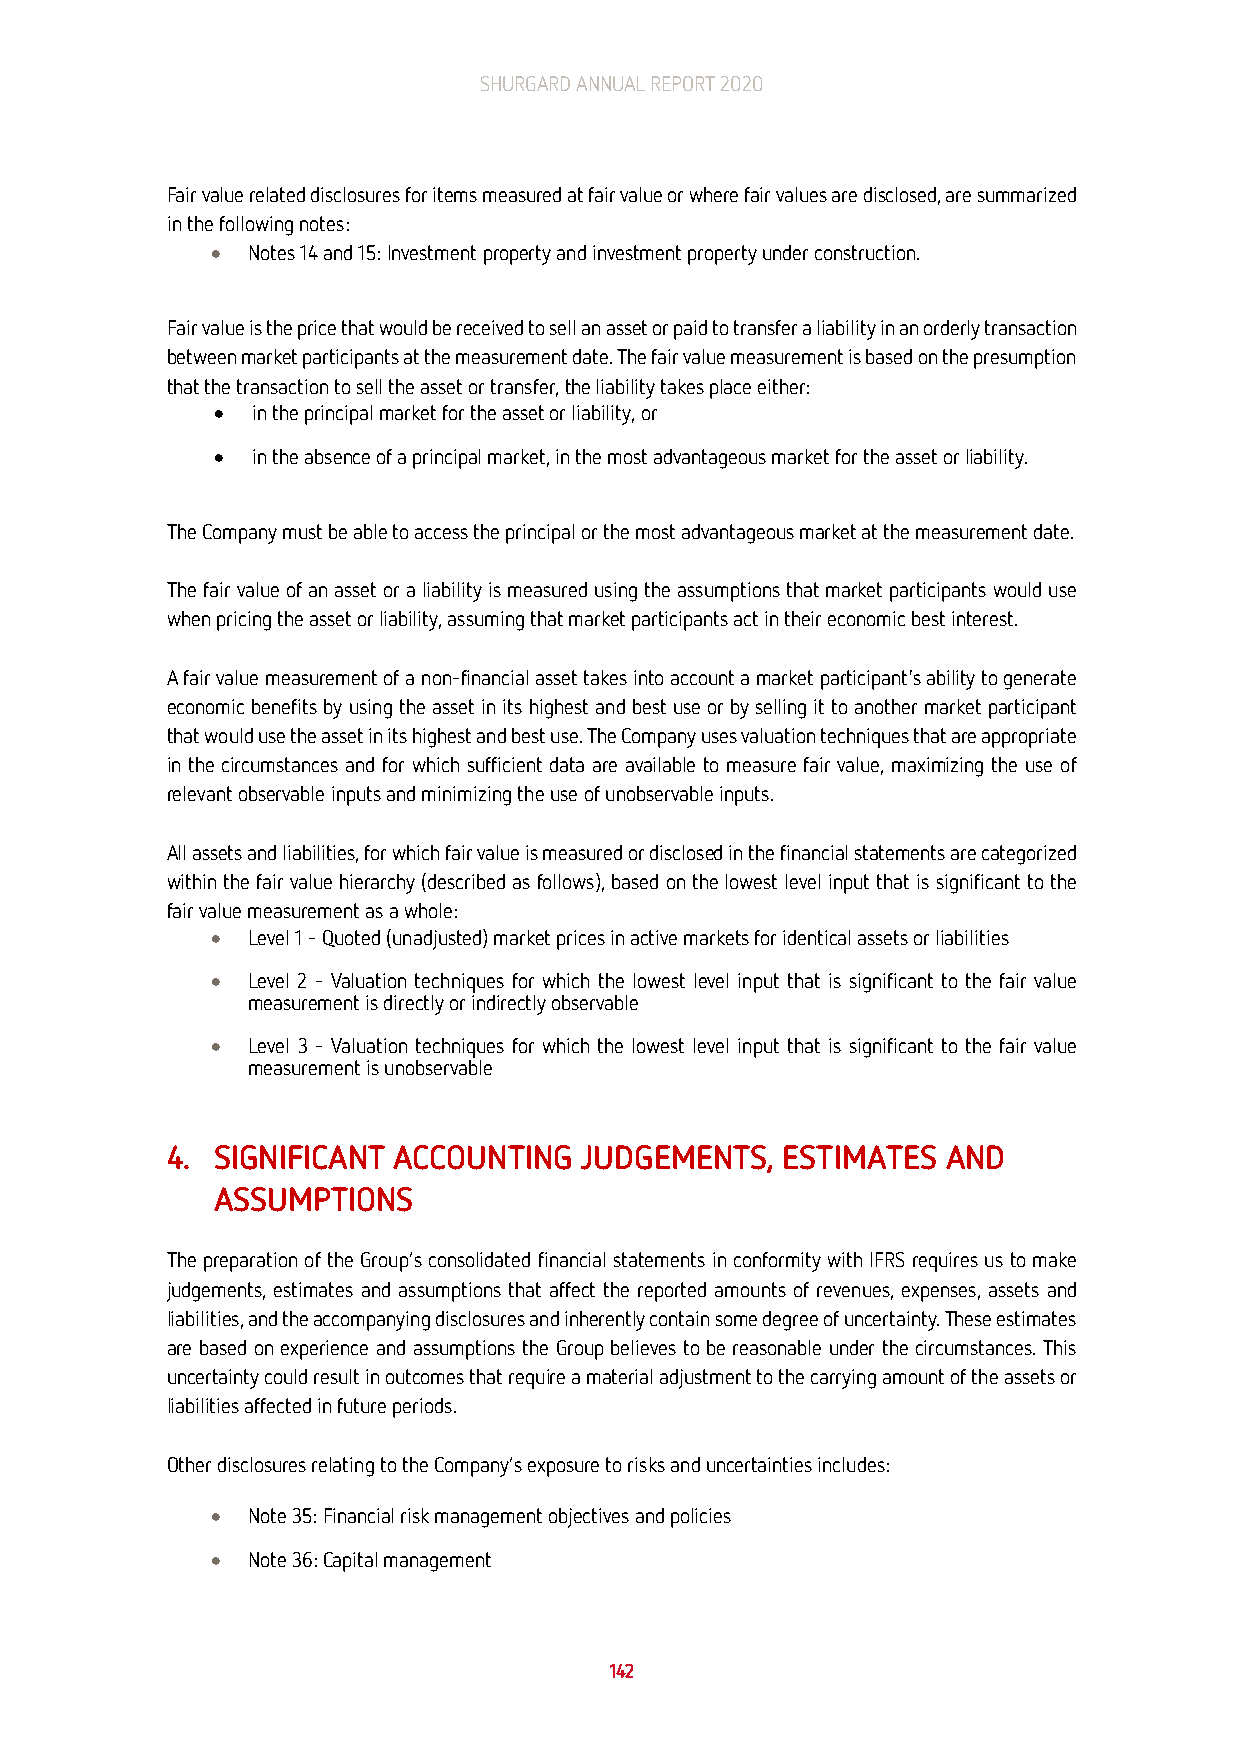
SHURGARD ANNUAL REPORT 2020
 Fair value related disclosures for items measured at fair value or where fair values are disclosed, are summarized
 in the following notes:
 • Notes 14 and 15: Investment property and investment property under construction.
 Fair value is the price that would be received to sell an asset or paid to transfer a liability in an orderly transaction
 between market participants at the measurement date. The fair value measurement is based on the presumption
 that the transaction to sell the asset or transfer, the liability takes place either:
 •  in the principal market for the asset or liability, or
 •  in the absence of a principal market, in the most advantageous market for the asset or liability.
 The Company must be able to access the principal or the most advantageous market at the measurement date.
 The fair value of an asset or a liability is measured using the assumptions that market participants would use
 when pricing the asset or liability, assuming that market participants act in their economic best interest.
 A fair value measurement of a non-financial asset takes into account a market participant's ability to generate
 economic benefits by using the asset in its highest and best use or by selling it to another market participant
 that would use the asset in its highest and best use. The Company uses valuation techniques that are appropriate
 in the circumstances and for which sufficient data are available to measure fair value, maximizing the use of
 relevant observable inputs and minimizing the use of unobservable inputs.
 All assets and liabilities, for which fair value is measured or disclosed in the financial statements are categorized
 within the fair value hierarchy (described as follows), based on the lowest level input that is significant to the
 fair value measurement as a whole:
 • Level 1 - Quoted (unadjusted) market prices in active markets for identical assets or liabilities
 • Level 2 - Valuation techniques for which the lowest level input that is significant to the fair value
 measurement is directly or indirectly observable
 • Level 3 - Valuation techniques for which the lowest level input that is significant to the fair value
 measurement is unobservable
 4. SIGNIFICANT ACCOUNTING  JUDGEMENTS,   ESTIMATES  AND
 ASSUMPTIONS
 The preparation of the Group’s consolidated financial statements in conformity with IFRS requires us to make
 judgements, estimates and assumptions that affect the reported amounts of revenues, expenses, assets and
 liabilities, and the accompanying disclosures and inherently contain some degree of uncertainty. These estimates
 are based on experience and assumptions the Group believes to be reasonable under the circumstances. This
 uncertainty could result in outcomes that require a material adjustment to the carrying amount of the assets or
 liabilities affected in future periods.
 Other disclosures relating to the Company’s exposure to risks and uncertainties includes:
 • Note 35: Financial risk management objectives and policies
 • Note 36: Capital management
 142